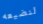
لنضيعه